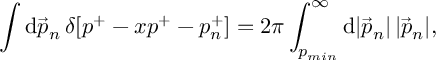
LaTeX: \int \mathrm { d } { \Vec p } _ { n } \, \delta [ p ^ { + } - x p ^ { + } - p _ { n } ^ { + } ] = 2 \pi \int _ { p _ { m i n } } ^ { \infty } \mathrm { d } \vert { \Vec p } _ { n } \vert \, \vert { \Vec p } _ { n } \vert ,